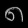
Digit: ၈